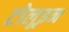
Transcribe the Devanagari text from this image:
टोलूइन